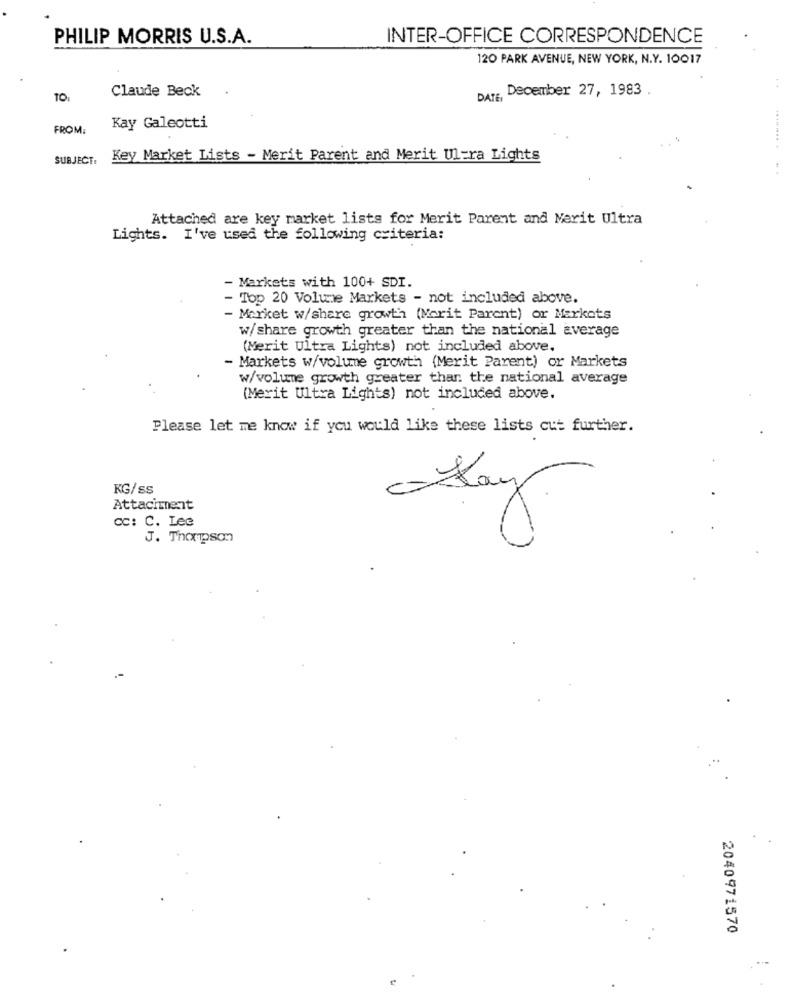
PHILIP MORRIS U.S.A.
INTER-OFFICE CORRESPONDENCE
120 PARK AVENUE, NEW YORK, N.Y. 10017
Claude Beck
December 27, 1983
..
DATE
FROM:
Kay Galeotti
...... .. .. .
SUBJECT:
Key Market Lists - Merit Parent and Merit Ul=ra Lights
Attached are key market lists for Merit Parent and Marit Ultra
Lights. I've used the following criteria:
Markets with 100+ SDI.
- Top 20 Volume Markets - not included above.
Market w/share growth (Marit Parent) or Markets
w/share growth greater than the national average
(Merit Ultra Lights) not included above.
- Markets w/volume growth (Merit Parent) or Markets
w/volume growth greater than the national average
(Merit Ultra Lights) not included above.
Please let me know if you would like these lists cut further.
KG/ss
Day
Attachment
cc: C. Lee
J. Thompson
2040971570